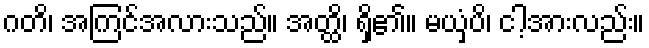
ဂတိ၊ အကြင်အလားသည်။ အတ္ထိ၊ ရှိ၏။ မယှံပိ၊ ငါ့အားလည်း။